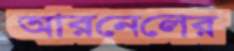
আরনেলের